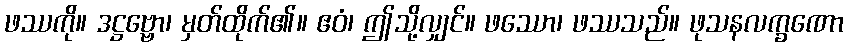
ဖဿကို။ ဒဋ္ဌဗ္ဗော၊ မှတ်ထိုက်၏။ ဧဝံ၊ ဤသို့လျှင်။ ဖဿော၊ ဖဿသည်။ ဖုသနလက္ခဏော